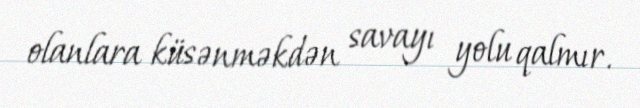
olanlara küsənməkdən savayı yolu qalmır.